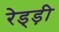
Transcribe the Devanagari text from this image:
रेड्ड़ी